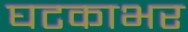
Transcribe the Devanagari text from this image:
घटकाभर